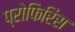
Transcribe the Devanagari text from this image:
प्रोफिरिंस